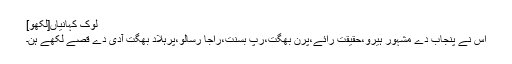
لوک کہانیاں[لکھو]
اس نے پنجاب دے مشہور ہیرو،حقیقت رائے،پرن بھگت،رپ بسنت،راجا رسالو،پرہلاد بھگت آدی دے قصے لکھے ہن۔